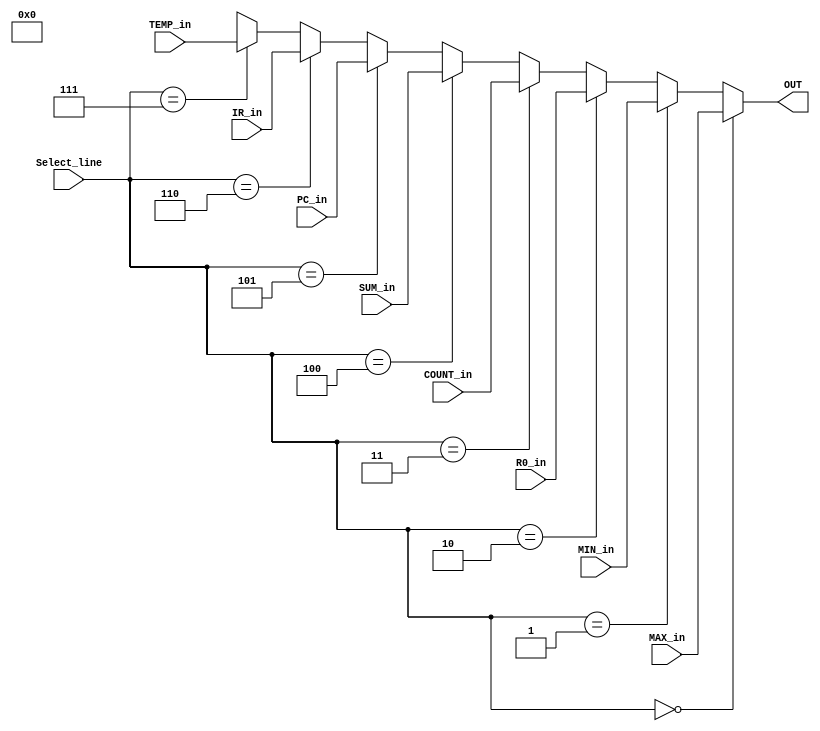
`timescale 1ns / 1ps
//////////////////////////////////////////////////////////////////////////////////
// Company: 
// Engineer: 
// 
// Design Name: 
// Module Name:    MUX8_1 
// Project Name: 
// Target Devices: 
// Tool versions: 
// Description: 
//
// Dependencies: 
//
// Revision: 
// Revision 0.01 - File Created
// Additional Comments: 
//
//////////////////////////////////////////////////////////////////////////////////
module MUX8_1(
    input [7:0] MAX_in,
    input [7:0] MIN_in,
    input [7:0] R0_in,
    input [7:0] COUNT_in,
    input [7:0] SUM_in,
    input [7:0] PC_in,
    input [7:0] IR_in,
    input [7:0] TEMP_in,
    input [2:0] Select_line,
    output [7:0] OUT
    );
	
	assign OUT = (Select_line == 3'b000)	?	MAX_in	:
					 (Select_line == 3'b001)	?	MIN_in	:
					 (Select_line == 3'b010)	?	R0_in		:
					 (Select_line == 3'b011)	?	COUNT_in	:
					 (Select_line == 3'b100)	?	SUM_in	:
					 (Select_line == 3'b101)	?	PC_in		:
					 (Select_line == 3'b110)	?	IR_in		:
					 (Select_line == 3'b111)	?	TEMP_in	:	3'bx;
endmodule